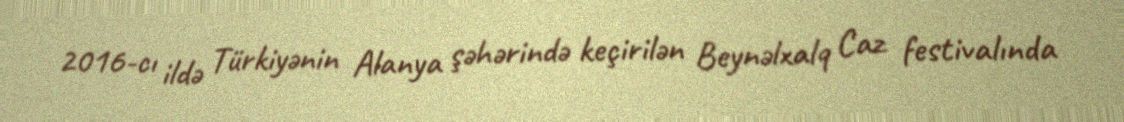
2016-cı ildə Türkiyənin Alanya şəhərində keçirilən Beynəlxalq Caz festivalında